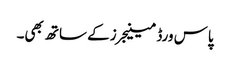
پاس ورڈ مینیجرز کے ساتھ بھی۔